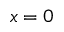
x = 0